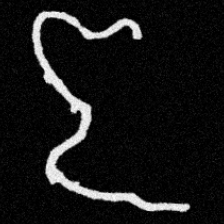
Pyu character \u2014 Myanmar letter: ဇ (romanized: ja)